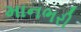
માનભરી